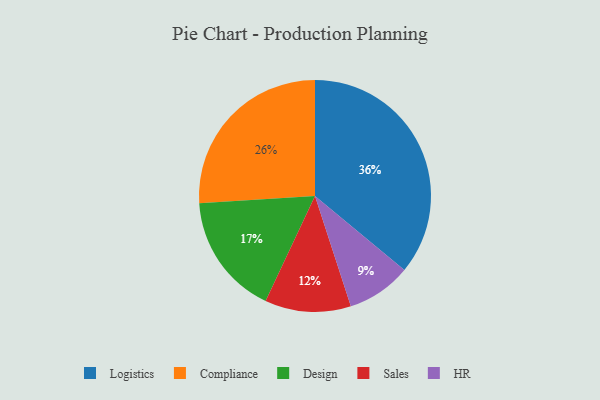
{"axis": {"x": "Category", "y": "Percentage"}, "legend": ["Compliance", "Design", "HR", "Logistics", "Sales"], "data": [{"x": "Compliance", "y": 26, "type": "Compliance"}, {"x": "Design", "y": 17, "type": "Design"}, {"x": "HR", "y": 9, "type": "HR"}, {"x": "Sales", "y": 12, "type": "Sales"}, {"x": "Logistics", "y": 36, "type": "Logistics"}]}